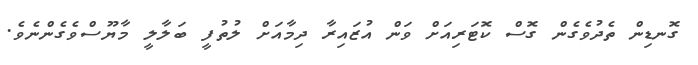
ގޮނޑިން ތެދުވެގެން ގޮސް ކޮޓަރިއަށް ވަން އުޒައިރާ ދިމާއަށް ލުތުފީ ބަލާލީ މާޔޫސްވެގެންނެވެ.